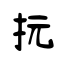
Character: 抏